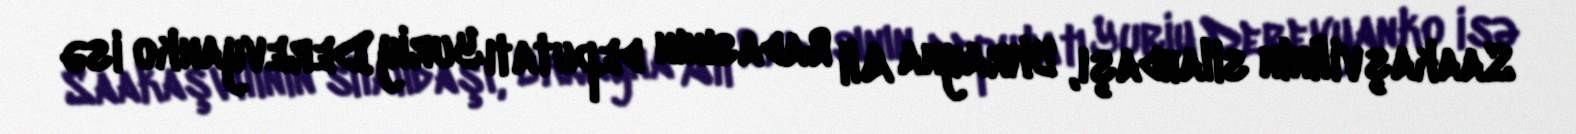
Saakaşvilinin silahdaşı, Ukrayna Ali Radasının deputatı Yuriy Derevyanko isə